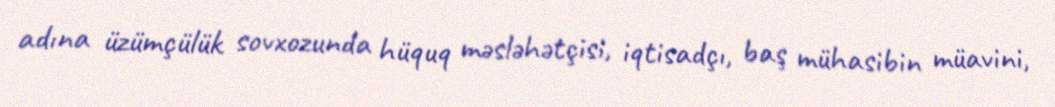
adına üzümçülük sovxozunda hüquq məsləhətçisi, iqtisadçı, baş mühasibin müavini,